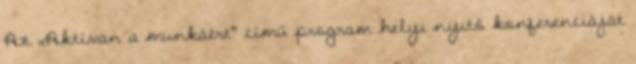
Az „Aktívan a munkáért" című program helyi nyitó konferenciáját